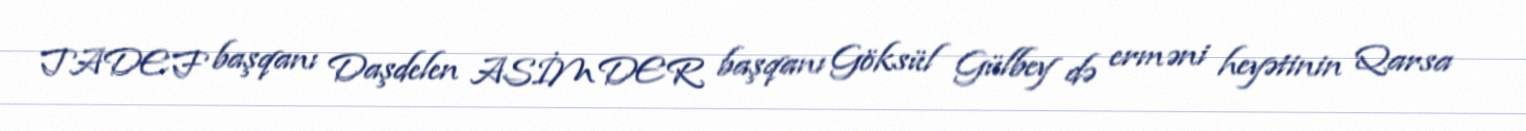
TADEF başqanı Daşdelen ASİMDER başqanı Göksül Gülbey də erməni heyətinin Qarsa